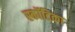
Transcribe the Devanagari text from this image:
स्कॉटिका